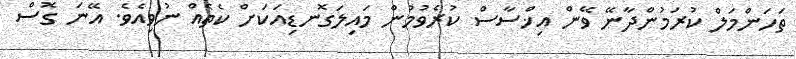
ތަހަންމަލް ކުރަމުންދާނޭ ވޭން އިޚްސާސް ކުރެވުމުން މައިލަގޮނޑިއަކަށް ކެތެއް ނުވިއެވެ. އޭނަ ގޮސް